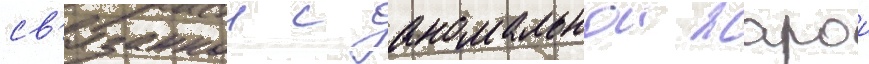
св'язаннои с аномальнои жарои